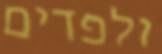
ולפדים